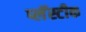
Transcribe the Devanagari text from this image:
प्लॅस्टीक